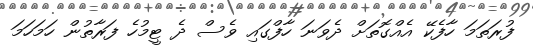
ފުރަަތަމަ ހާފެކޭ އެއްގޮތަށް ދެވަނަ ހާފްގައި ވެސް ދެ ޓީމުހެ ފަރާތުން ހަމަހަމަ